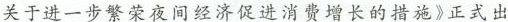
关于进一步繁荣夜间经济促进消费增长的措施》正式出